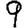
Digit: 9